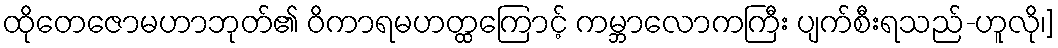
ထိုတေဇောမဟာဘုတ်၏ ဝိကာရမဟတ္ထကြောင့် ကမ္ဘာလောကကြီး ပျက်စီးရသည်-ဟူလို၊]